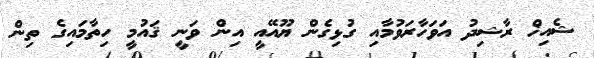
ޝެއިޚް ރާޝިދު އަވަހާރަވުމާއި ގުޅިގެން ޔޫއޭއީ އިން ވަނީ ޤައުމީ ހިތާމައިގެ ތިން